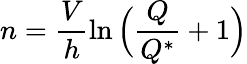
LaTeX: n=\frac{V}{h}\ln\Big(\frac{Q}{Q^{*}}+1\Big)